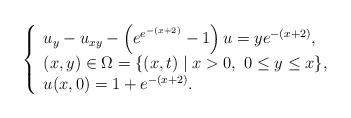
LaTeX: \begin{align*} \left\{ \begin{array}{ll} u_{y}-u_{xy}-\left(e^{e^{-(x+2)}}-1\right)u=ye^{-(x+2)},\\ (x,y)\in \Omega=\{(x,t)\mid x>0,\ 0\leq y\leq x\}, \\ u(x,0)=1+e^{-(x+2)}. \end{array} \right. \end{align*}